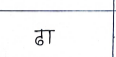
मजकूर: ठा